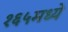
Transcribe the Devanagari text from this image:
१६५मध्ये